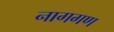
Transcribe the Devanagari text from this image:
नागगण